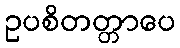
ဥပစိတတ္တာပေ